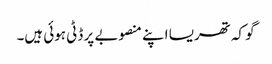
گو کہ تھریسا اپنے منصوبے پر ڈٹی ہوئی ہیں۔